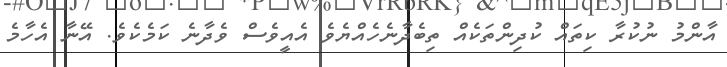
އާންމު ނުކުރާ ކިތައް ކުދިންތަކެއް ތިބެދާނެހެއްޔެވެ އެއީވެސް ވެދާނެ ކަމެކެވެ. އޭނާ އެހާމެ